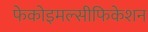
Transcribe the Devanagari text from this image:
फेकोइमल्सीफिकेशन